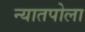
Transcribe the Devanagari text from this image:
न्यातपोला